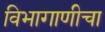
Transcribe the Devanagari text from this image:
विभागाणीचा